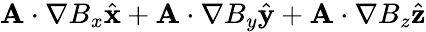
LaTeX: \mathbf{A}\cdot\nabla B_{x}{\hat{\mathbf{x}}}+\mathbf{A}\cdot\nabla B_{y}{\hat{\mathbf{y}}}+\mathbf{A}\cdot\nabla B_{z}{\hat{\mathbf{z}}}